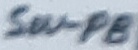
Text: SW-PB